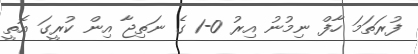
ފުރަތަމަ ހާފް ނިމުނު އިރު 0-1 ގެ ނަތިޖާ އިން ކުރީގަ އޮތީ